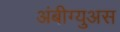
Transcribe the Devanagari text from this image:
अंबीग्युअस